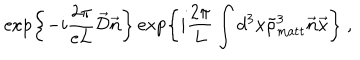
\hspace { 5 . 0 c m } \exp \left\{ - i \frac { 2 \pi } { e L } \vec { \cal D } \vec { n } \right\} \exp \left\{ i \frac { 2 \pi } { L } \int d ^ { 3 } x \tilde { \rho } _ { \mathrm { m a t t } } ^ { 3 } \vec { n } \vec { x } \right\} \ ,